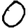
Digit: 0